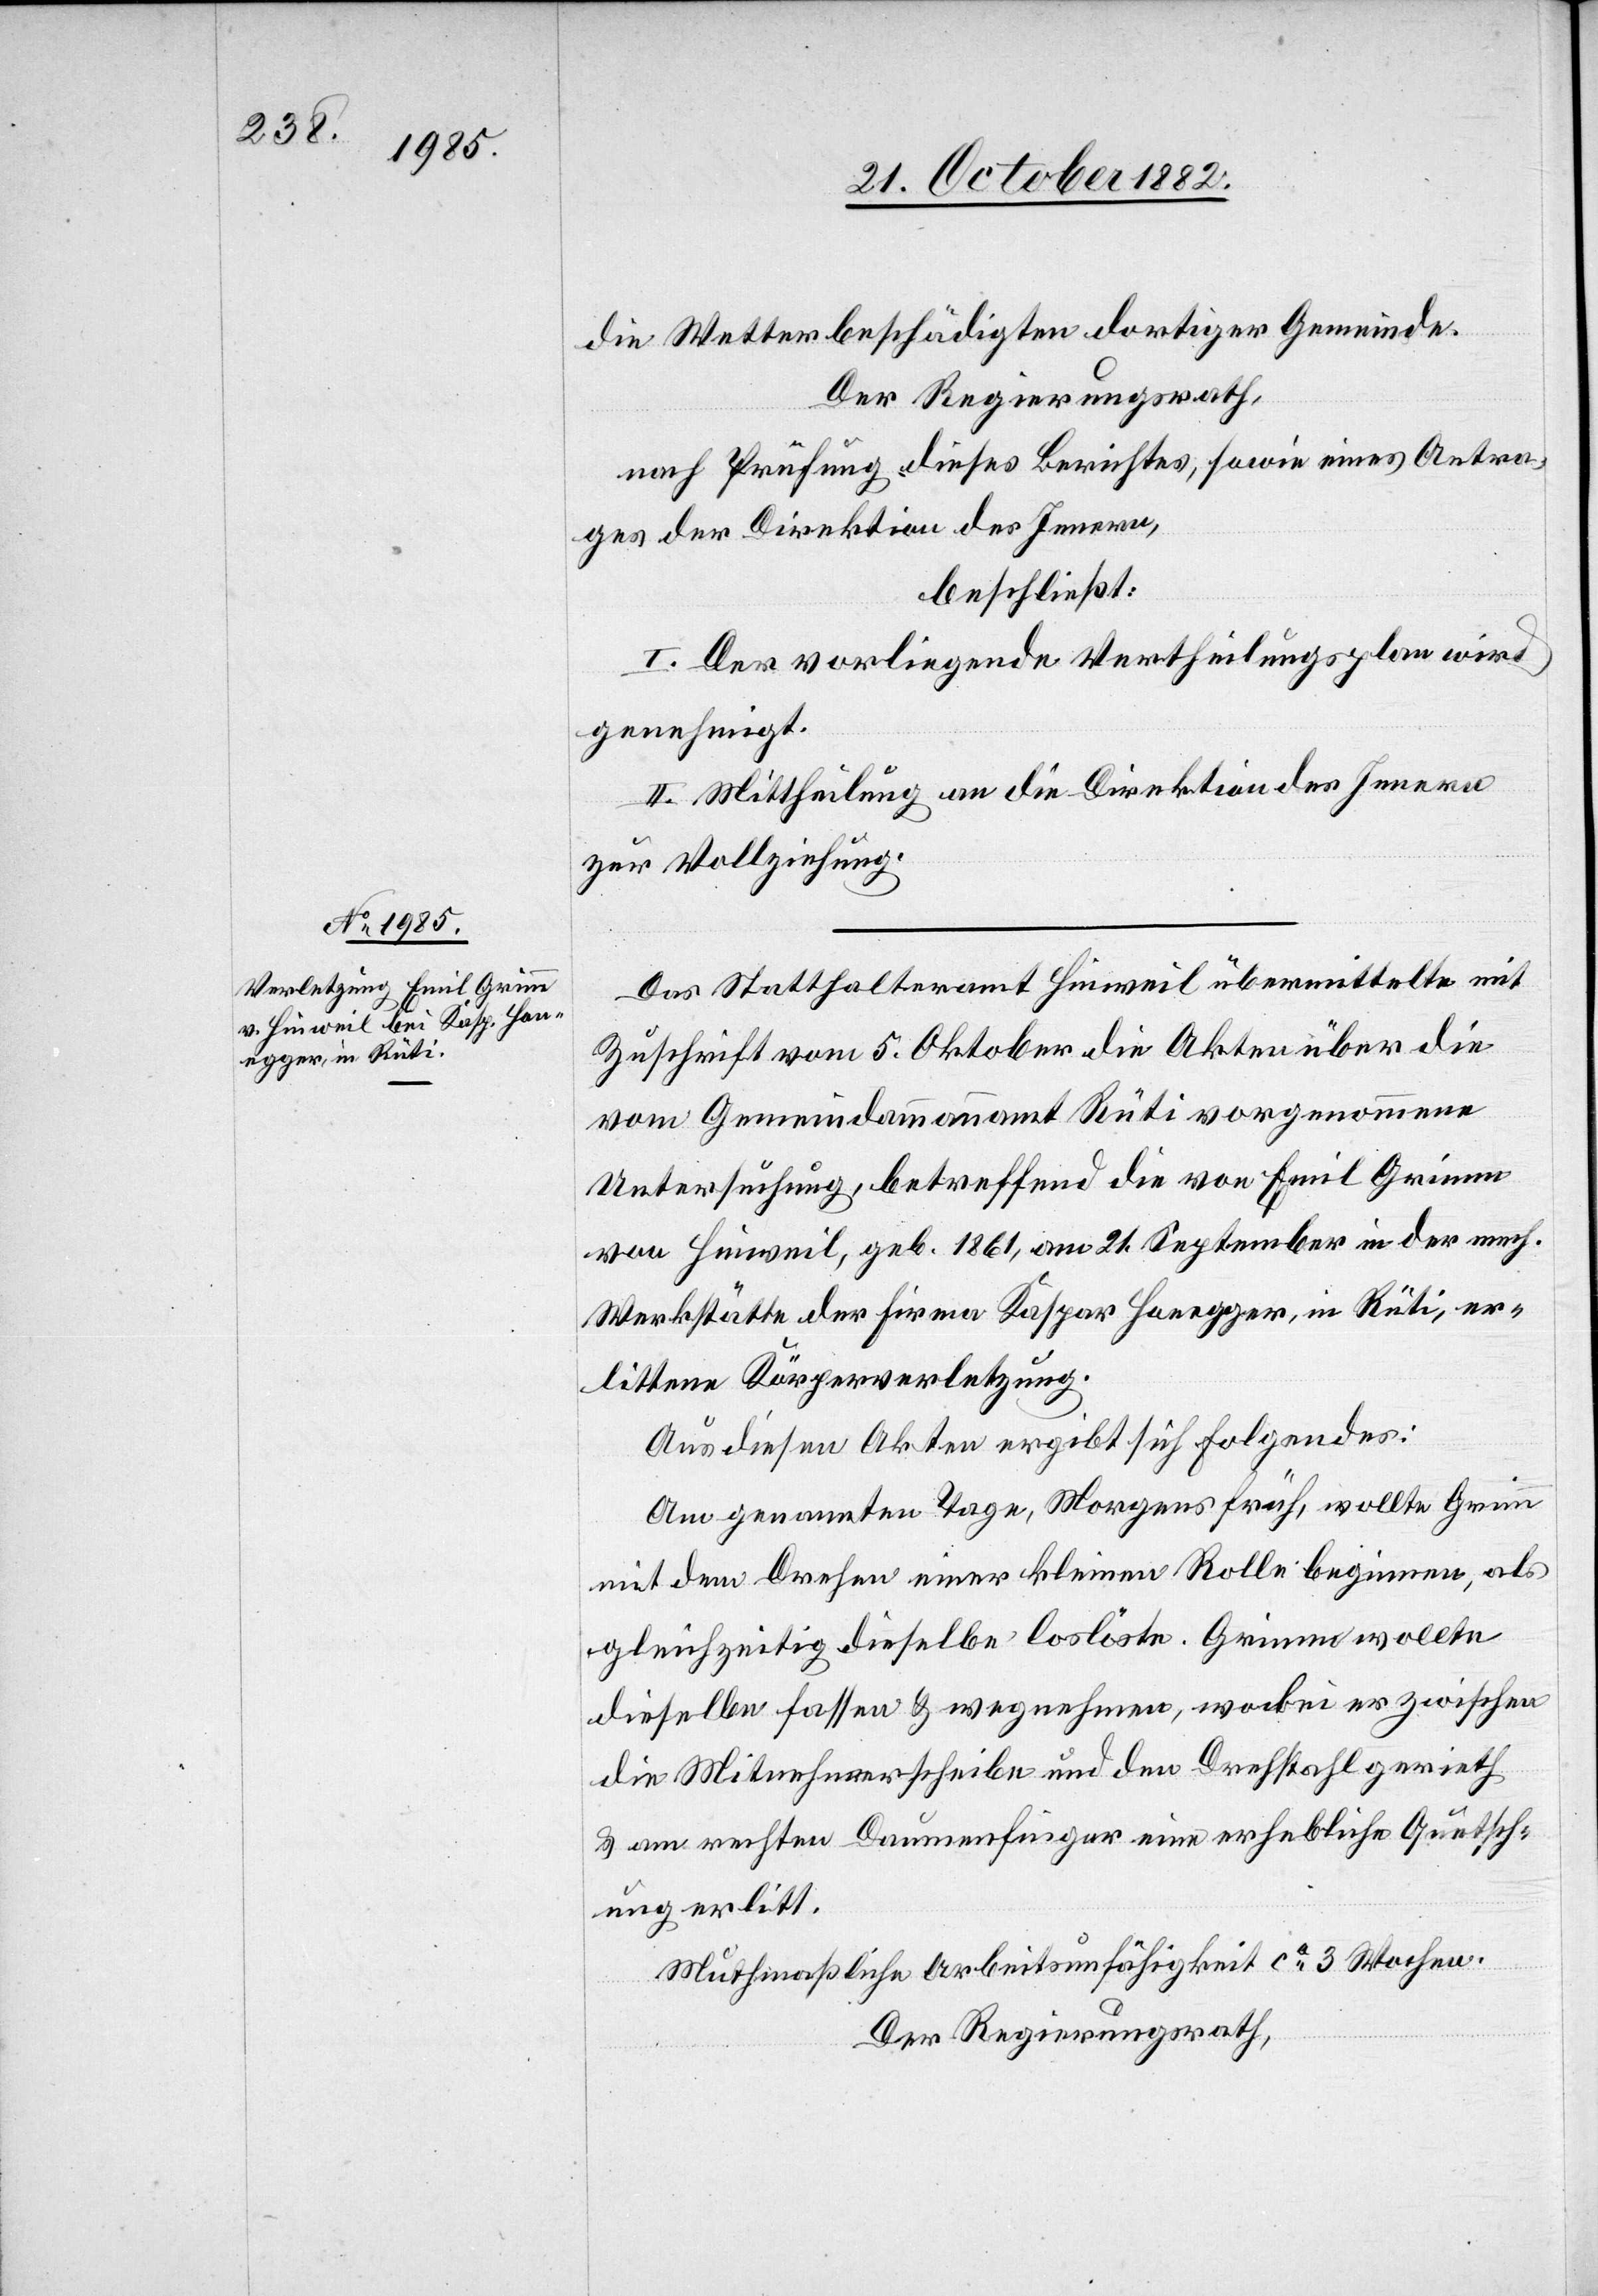
die Wetterbeschädigten dortiger Gemeinde.
Der Regierungsrath,
nach Prüfung dieses Berichtes, sowie eines Antra¬
ges der Direktion des Innern,
beschließt:
I. Der vorliegende Vertheilungsplan wird
genehmigt.
II. Mittheilung an die Direktion des Innern
zur Vollziehung.
Das Statthalteramt Hinweil übermittelte mit
Zuschrift vom 5. Oktober die Akten über die
vom Gemeindammannamt Rüti vorgenommene
Untersuchung, betreffend die von Emil Grimm
von Hinweil, geb. 1861, am 21. September in der mech.
Werkstätte der Firma Kaspar Honegger, in Rüti er¬
littene Körperverletzung.
Aus diesen Akten ergibt sich Folgendes:
Am genannten Tage, Morgens früh, wollte Grimm
mit dem Drehen einer kleinen Rolle beginnen, als
gleichzeitig dieselbe [sich] loslöste. Grimm wollte
dieselbe fassen & wegnehmen, wobei er zwischen
die Mitnehmerscheibe und den Drehstahl gerieth
& am rechten Daumenfinger eine erhebliche Quetsch¬
ung erlitt.
Muthmaßliche Arbeitsunfähigkeit ca 3 Wochen.
Der Regierungsrath,